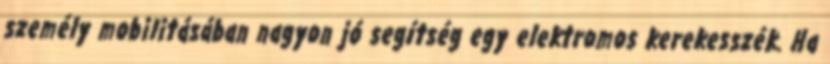
személy mobilitásában nagyon jó segítség egy elektromos kerekesszék. Ha